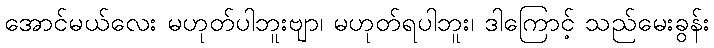
အောင်မယ်လေး မဟုတ်ပါဘူးဗျာ၊ မဟုတ်ရပါဘူး၊ ဒါကြောင့် သည်မေးခွန်း